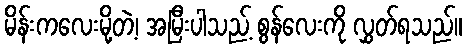
မိန်းကလေးမို့တဲ့၊ အမြီးပါသည့် စွန်လေးကို လွှတ်ရသည်။